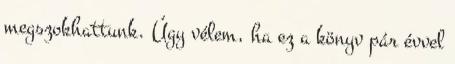
megszokhattunk. Úgy vélem, ha ez a könyv pár évvel